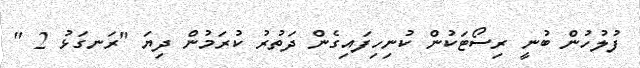
ފުލުހުން ބުނީ ރިސޯޓަކުން ކުނިހިފައިގެން ދަތުރު ކުރަމުން ދިޔަ "ރަނގަޅު 2 "